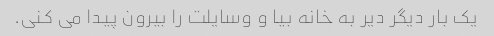
یک بار دیگر دیر به خانه بیا و وسایلت را بیرون پیدا می کنی.